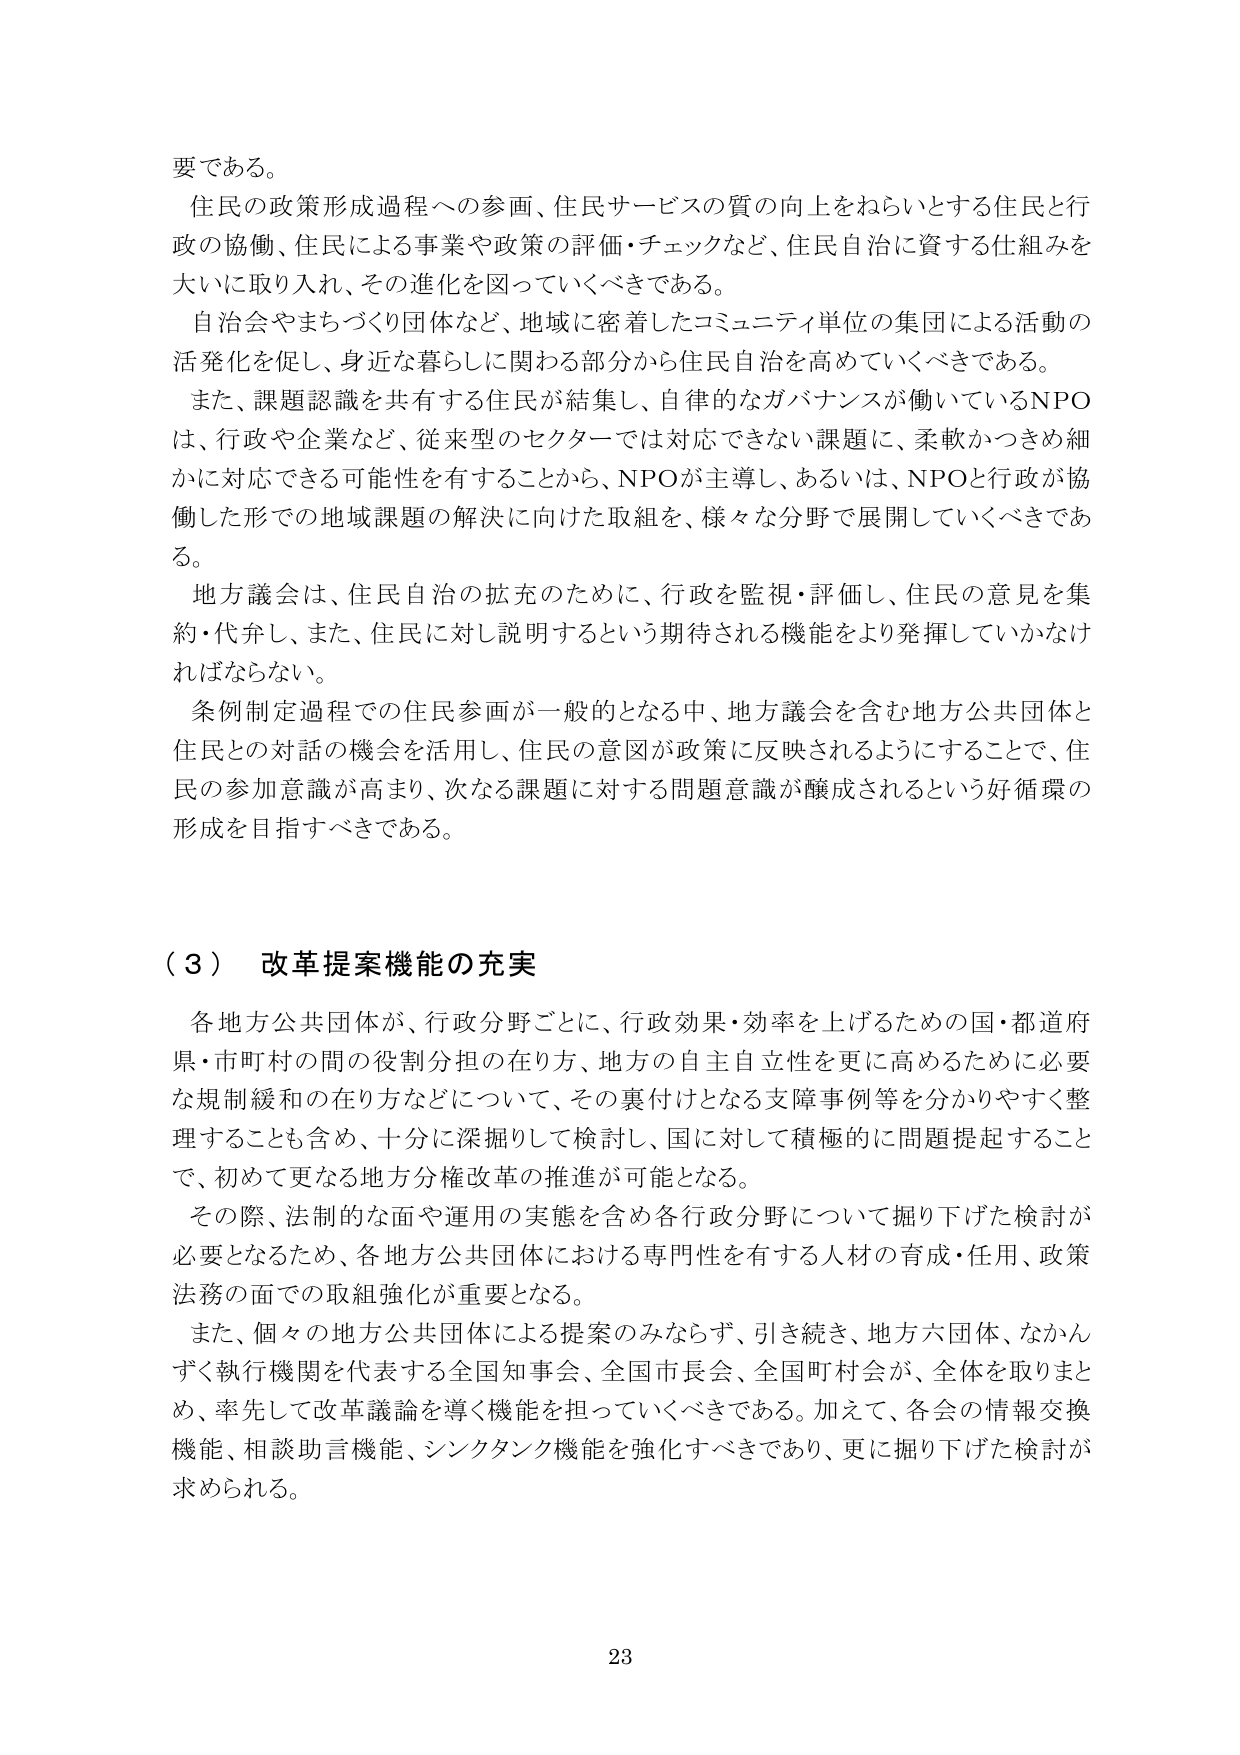
要である。

住民の政策形成過程への参画、住民サービスの質の向上をねらいとする住民と行政の協働、住民による事業や政策の評価・チェックなど、住民自治に資する仕組みを大いに取り入れ、その進化を図っていくべきである。

自治会やまちづくり団体など、地域に密着したコミュニティ単位の集団による活動の活発化を促し、身近な暮らしに関わる部分から住民自治を高めていくべきである。

また、課題認識を共有する住民が結集し、自律的なガバナンスが働いているNPOは、行政や企業など、従来型のセクターでは対応できない課題に、柔軟かつきめ細かに対応できる可能性を有することから、NPOが主導し、あるいは、NPOと行政が協働した形での地域課題の解決に向けた取組を、様々な分野で展開していくべきである。

地方議会は、住民自治の拡充のために、行政を監視・評価し、住民の意見を集約・代弁し、また、住民に対し説明するという期待される機能をより発揮していかなければならない。

条例制定過程での住民参画が一般的となる中、地方議会を含む地方公共団体と住民との対話の機会を活用し、住民の意図が政策に反映されるようにすることで、住民の参加意識が高まり、次なる課題に対する問題意識が醸成されるという好循環の形成を目指すべきである。

（３） 改革提案機能の充実

各地方公共団体が、行政分野ごとに、行政効果・効率を上げるための国・都道府県・市町村の間の役割分担の在り方、地方の自主自立性を更に高めるために必要な規制緩和の在り方などについて、その裏付けとなる支障事例等を分かりやすく整理することも含め、十分に深掘りして検討し、国に対して積極的に問題提起することで、初めて更なる地方分権改革の推進が可能となる。

その際、法制的な面や運用の実態を含め各行政分野について掘り下げた検討が必要となるため、各地方公共団体における専門性を有する人材の育成・任用、政策法務の面での取組強化が重要となる。

また、個々の地方公共団体による提案のみならず、引き続き、地方六団体、なかんずく執行機関を代表する全国知事会、全国市長会、全国町村会が、全体を取りまとめ、率先して改革議論を導く機能を担っていくべきである。加えて、各会の情報交換機能、相談助言機能、シンクタンク機能を強化すべきであり、更に掘り下げた検討が求められる。

23